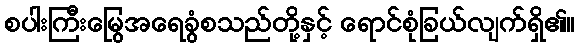
စပါးကြီးမြွေအရေခွံစသည်တို့နှင့် ရောင်စုံခြယ်လျက်ရှိ၏။